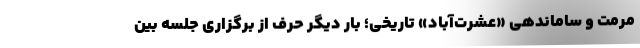
مرمت و ساماندهی «عشرت‌آباد» تاریخی؛ بار دیگر حرف از برگزاری جلسه بین